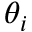
\theta _ { i }